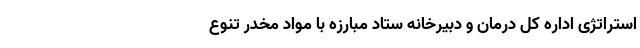
استراتژی اداره کل درمان و دبیرخانه ستاد مبارزه با مواد مخدر تنوع